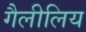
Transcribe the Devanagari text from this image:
गैलीलिय